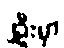
၂ဦးမှာ